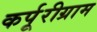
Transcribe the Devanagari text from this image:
कर्पूरीग्राम